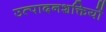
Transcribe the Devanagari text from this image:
उत्पादनशक्तियों